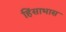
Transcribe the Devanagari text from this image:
हिंसाभास